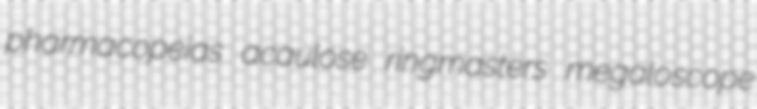
pharmacopeias acaulose ringmasters megaloscope